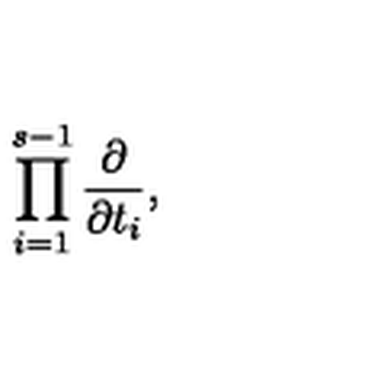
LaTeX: \prod _ { i = 1 } ^ { s - 1 } \frac { \partial } { \partial t _ { i } } ,